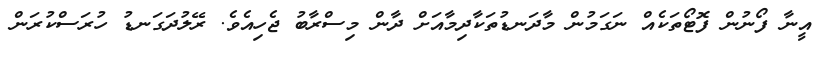
އީނާ ފޯނުން ފޮޓޯތަކެއް ނަގަމުން މާދަނޑުތަކާދިމާއަށް ދާން މިސްރާބު ޖެހިއެވެ. ރޭލުދަގަނޑު ހުރަސްކުރަން